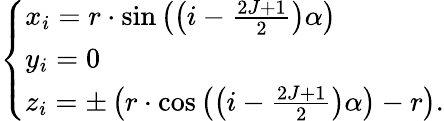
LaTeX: \left\{ \begin{array}{ll}{x_{i}=r\cdot\sin\left(\left(i-\frac{2J+1}{2}\right)\alpha\right)}\\ {y_{i}=0}\\ {z_{i}=\pm\left(r\cdot\cos\left(\left(i-\frac{2J+1}{2}\right)\alpha\right)-r\right).}\end{array}\right.